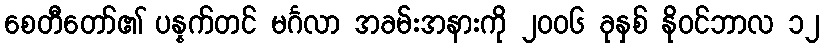
စေတီတော်၏ ပန္နက်တင် မင်္ဂလာ အခမ်းအနားကို ၂၀၀၆ ခုနှစ် နိုဝင်ဘာလ ၁၂